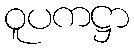
ဝူပကဋ္ဌာ